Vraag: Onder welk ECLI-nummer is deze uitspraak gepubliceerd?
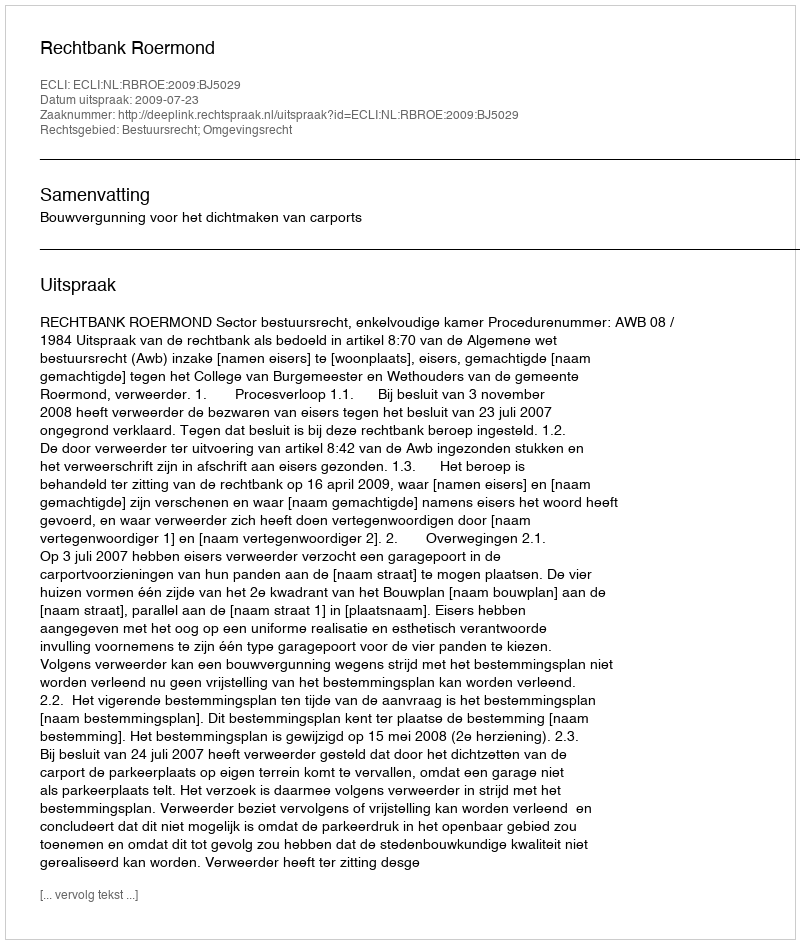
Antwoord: ECLI:NL:RBROE:2009:BJ5029